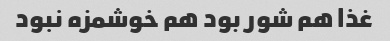
غذا هم شور بود هم خوشمزه نبود